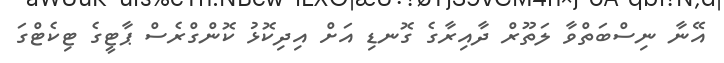
އޭނާ ނިސްބަތްވާ ލަތޫރް ދާއިރާގެ ގޮނޑި އަށް އިދިކޮޅު ކޮންގްރެސް ޕާޓީގެ ޓިކެޓްގަ